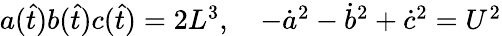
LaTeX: \begin{array}{r}{a(\hat{t})b(\hat{t})c(\hat{t})=2L^{3},\quad-\dot{a}^{2}-\dot{b}^{2}+\dot{c}^{2}=U^{2}}\end{array}